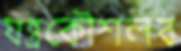
যন্ত্রকৌশলব